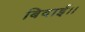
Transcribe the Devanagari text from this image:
बिदाई।।